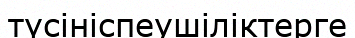
түсініспеушіліктерге